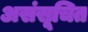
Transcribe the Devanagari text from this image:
असंसूचित